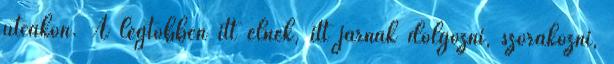
utcákon. A legtöbben itt élnek, itt járnak dolgozni, szórakozni,